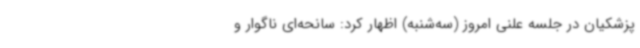
پزشکیان در جلسه علنی امروز (سه‌شنبه) اظهار کرد: سانحه‌ای ناگوار و